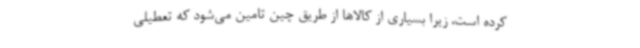
کرده است، زیرا بسیاری از کالاها از طریق چین تامین می‌شود که تعطیلی